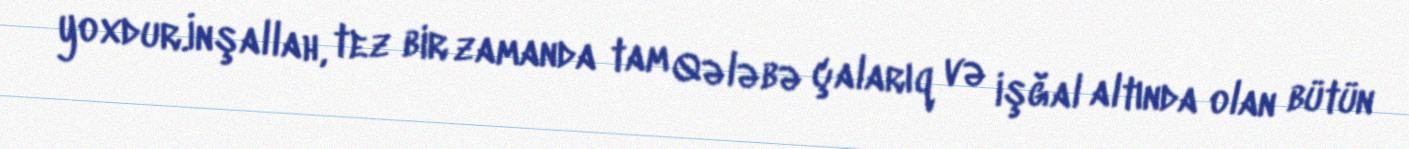
yoxdur.İnşallah, tez bir zamanda tam Qələbə çalarıq və işğal altında olan bütün